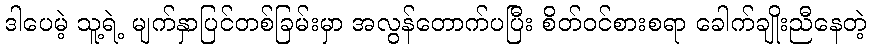
ဒါပေမဲ့ သူ့ရဲ့ မျက်နှာပြင်တစ်ခြမ်းမှာ အလွန်တောက်ပပြီး စိတ်ဝင်စားစရာ ခေါက်ချိုးညီနေတဲ့